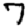
Digit: 7